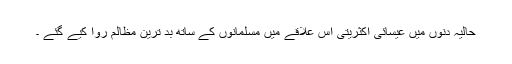
حالیہ دنوں میں عیسائی اکثریتی اس علاقے میں مسلمانوں کے ساتھ بد ترین مظالم روا کیے گئے ۔